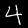
Label: 4